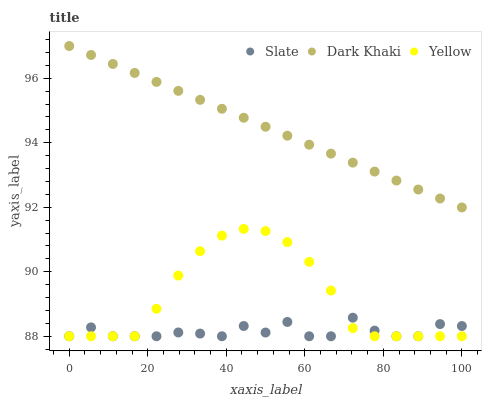
| xaxis_label | Slate | Dark Khaki | Yellow |
 | --- | --- | --- | --- |
 | 0 | 88 | 97 | 88 |
 | 5.56 | 88.3 | 96.7 | 88 |
 | 11.1 | 88 | 96.4 | 88 |
 | 16.7 | 88 | 96.2 | 88 |
 | 22.2 | 88 | 95.9 | 88.9 |
 | 27.8 | 88.1 | 95.6 | 89.9 |
 | 33.3 | 88.1 | 95.3 | 90.6 |
 | 38.9 | 88 | 95.1 | 91.1 |
 | 44.4 | 88.3 | 94.8 | 91.3 |
 | 50 | 88.1 | 94.5 | 91.3 |
 | 55.6 | 88.4 | 94.2 | 90.9 |
 | 61.1 | 88 | 93.9 | 90.3 |
 | 66.7 | 88 | 93.7 | 89.4 |
 | 72.2 | 88.6 | 93.4 | 88.3 |
 | 77.8 | 88.2 | 93.1 | 88 |
 | 83.3 | 88 | 92.8 | 88 |
 | 88.9 | 88 | 92.6 | 88 |
 | 94.4 | 88.4 | 92.3 | 88 |
 | 100 | 88.3 | 92 | 88 |